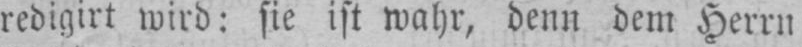
redigirt wird: sie ist wahr, denn dem Herrn